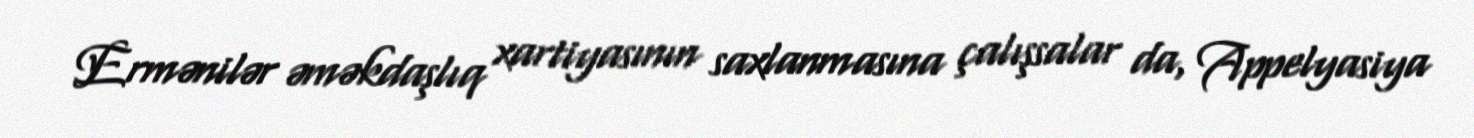
Ermənilər əməkdaşlıq xartiyasının saxlanmasına çalışsalar da, Appelyasiya